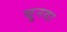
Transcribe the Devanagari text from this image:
चूनवा